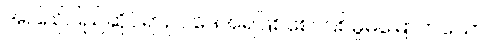
အပြည်ပြည်ဆိုင်ရာဥပဒေအရဖြစ်စေ၊ ပြစ်မှုမမြောက်သော